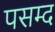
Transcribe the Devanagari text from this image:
पसम्द